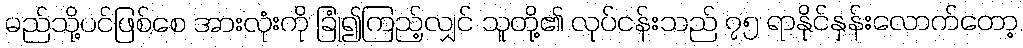
မည်သို့ပင်ဖြစ်စေ အားလုံးကို ခြုံ၍ကြည့်လျှင် သူတို့၏ လုပ်ငန်းသည် ၇၅ ရာနိုင်နှန်းလောက်တော့